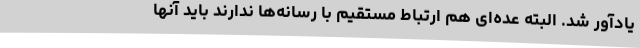
یادآور شد. البته عده‌ای هم ارتباط مستقیم با رسانه‌ها ندارند باید آنها